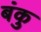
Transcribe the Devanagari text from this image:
बंकु